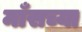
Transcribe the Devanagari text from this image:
माँसच्या